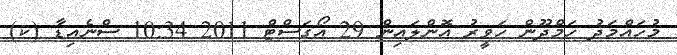
މުހައްމަދު ހަމްދޫން ހަވީރު އޮންލައިން 29 އޯގަސްޓް 2011 10:34 ސްނެއިޑާ (ކ)